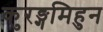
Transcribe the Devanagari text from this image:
कुरङ्गमिहुन